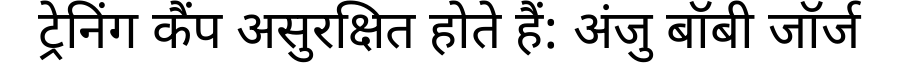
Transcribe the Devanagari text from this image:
ट्रेनिंग कैंप असुरक्षित होते हैं: अंजु बॉबी जॉर्ज